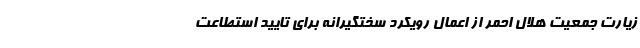
زیارت جمعیت هلال احمر از اعمال رویکرد سختگیرانه برای تایید استطاعت